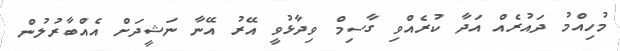
މުހިއްމު ދައުރެއް އަދާ ކުރެއްވި ގާސިމް ވިދާޅުވީ އޭރު އޭނާ ނަޝީދަށް އެއްބާރުލުން